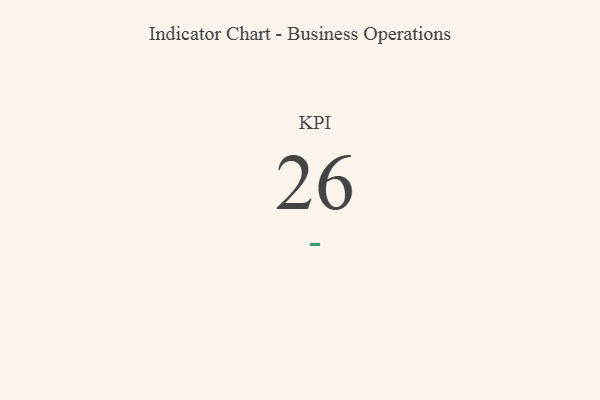
{"axis": {"x": "KPI", "y": "Value"}, "legend": [""], "data": [{"x": "KPI", "y": 26, "type": ""}]}